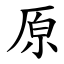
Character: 原